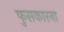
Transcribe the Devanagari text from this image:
फुसकारना